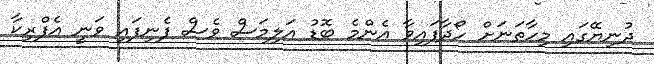
ދުނިޔޭގައި މިހާތަނަށް ހޯދާފައިވާ އެންމެ ބޮޑު އަލިމަސް ވެސް ފެނިފައި ވަނީ އެފްރިކާ